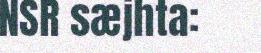
NSR sæjhta: